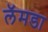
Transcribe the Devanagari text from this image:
लॅमडा